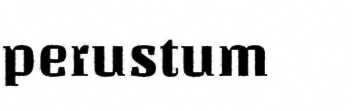
perustum